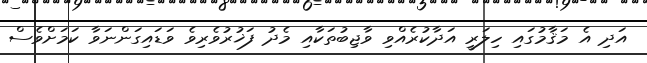
އަދި އެ މަޤާމުގައި ހިލަރީ އަދާކުރެއްވި ވާޖިބުތަކާއި މެދު ފަޚުރުވެރިވެ ވަޑައިގަންނަވާ ކަމަށްވެސް